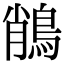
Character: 𪁎